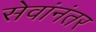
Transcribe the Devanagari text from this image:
सेवांनंतर